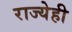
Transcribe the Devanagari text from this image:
राज्येही